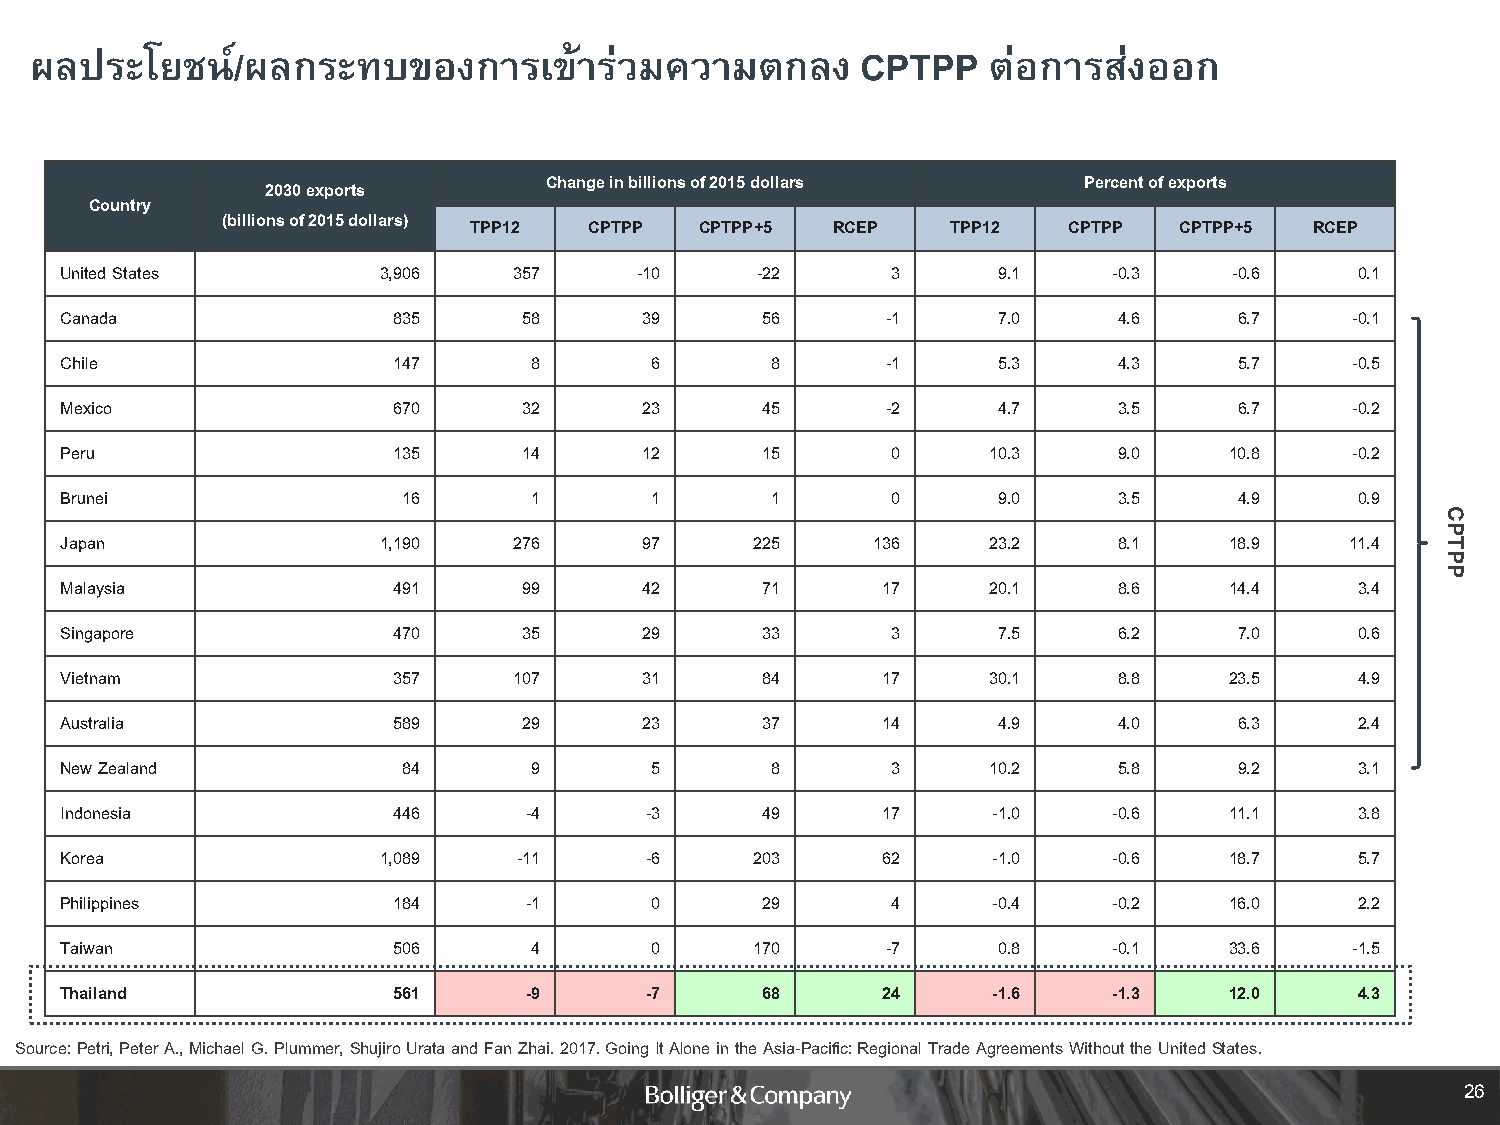
ผลประโยชน์/ผลกระทบของการเขา้         ร่วมความตกลง      CPTPP   ต่อการส่งออก
 Change in billions of 2015 dollars  Percent ofexports
 2030exports
 Country
 (billions of 2015 dollars)
 TPP12   CPTPP  CPTPP+5  RCEP    TPP12   CPTPP  CPTPP+5  RCEP
 United States        3,906    357     -10     -22      3      9.1     -0.3    -0.6    0.1
 Canada                835      58      39     56       -1     7.0     4.6     6.7     -0.1
 Chile                 147      8       6       8       -1     5.3     4.3     5.7     -0.5
 Mexico                670      32      23     45       -2     4.7     3.5     6.7     -0.2
 Peru                  135      14      12     15       0     10.3     9.0    10.8     -0.2
 Brunei                 16      1       1       1       0      9.0     3.5     4.9     0.9
 C
 P
 Japan                1,190    276      97     225     136    23.2     8.1    18.9    11.4  T
 P
 P
 Malaysia              491      99      42     71      17     20.1     8.6    14.4     3.4
 Singapore             470      35      29     33       3      7.5     6.2     7.0     0.6
 Vietnam               357     107      31     84      17     30.1     8.8    23.5     4.9
 Australia             589      29      23     37      14      4.9     4.0     6.3     2.4
 New Zealand            84      9       5       8       3     10.2     5.8     9.2     3.1
 Indonesia             446      -4      -3     49      17      -1.0    -0.6   11.1     3.8
 Korea                1,089    -11      -6     203     62      -1.0    -0.6   18.7     5.7
 Philippines           184      -1      0      29       4      -0.4    -0.2   16.0     2.2
 Taiwan                506      4       0      170      -7     0.8     -0.1   33.6     -1.5
 Thailand              561      -9      -7     68      24      -1.6    -1.3   12.0     4.3
 Source: Petri, Peter A., Michael G. Plummer, ShujiroUrata and Fan Zhai. 2017. Going It Alone in the Asia-Pacific: Regional Trade Agreements Without the United States.
 26